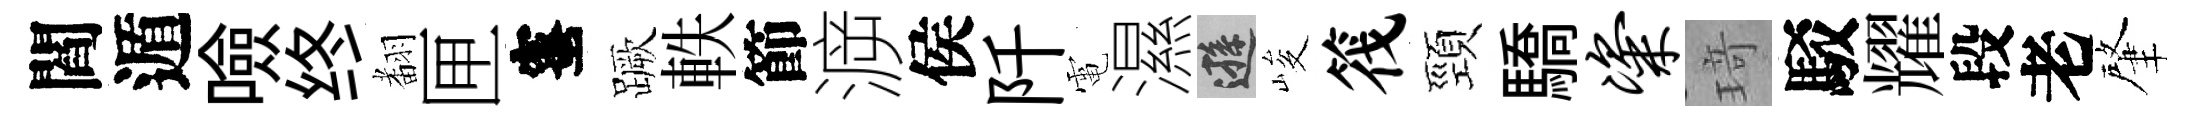
閻遁噞终𮋒匣蜜蹶軼節㴑侯阡電濕遜峻筏頸驕粢𤦺駁耀段老肇